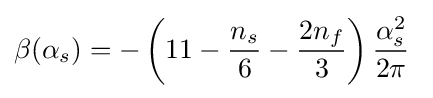
\beta (\alpha _{s})=-\left(11-{\frac {n_{s}}{6}}-{\frac {2n_{f}}{3}}\right){\frac {\alpha _{s}^{2}}{2\pi }}~